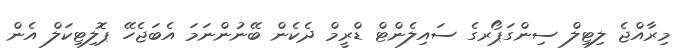
މިރާއްޖެ ލިޓިލް ސިންގަޕޯރގެ ސައިލެންޓް ޑްރީމް ދެކެން ބޭނުންނަމަ އެބަޖެހޭ ޕޮލިޓިކަލް އެން